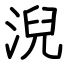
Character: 淣